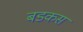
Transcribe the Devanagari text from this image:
बडकस